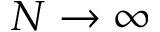
N \to \infty